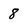
Character: 8